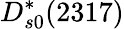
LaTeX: D_{s0}^{*}(2317)